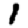
Digit: 1